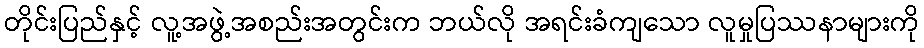
တိုင်းပြည်နှင့် လူ့အဖွဲ့အစည်းအတွင်းက ဘယ်လို အရင်းခံကျသော လူမှုပြဿနာများကို